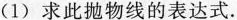
(1)求此抛物线的表达式.